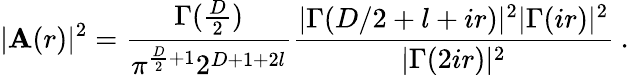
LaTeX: |\mathbf{A}(r)|^{2}=\frac{{\Gamma(\frac{{D}}{{2}})}}{{\pi^{\frac{{D}}{{2}}+1}2^{D+1+2l}}}\frac{{|\Gamma(D/2+l+ir)|^{2}|\Gamma(ir)|^{2}}}{{|\Gamma(2ir)|^{2}}}\: .